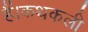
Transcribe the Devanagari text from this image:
हैं।कथकली